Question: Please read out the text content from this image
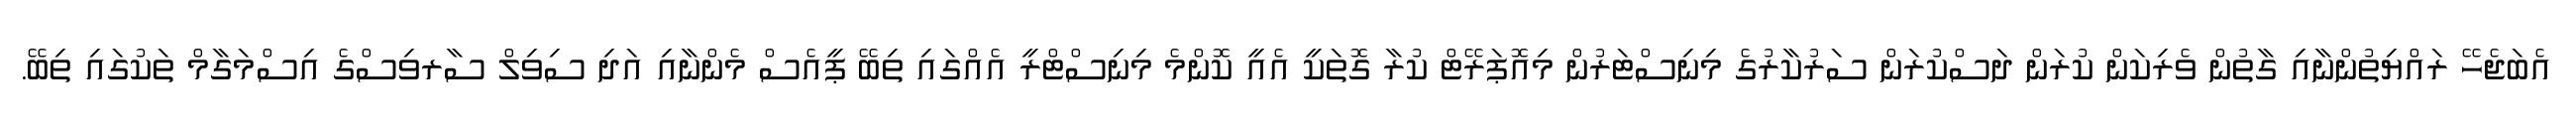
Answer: އެބަޖެހޭ ރައްޔިތުންނާއި ގާތުން ވެރިކަން ކުރަން ދަސްކުރަން ސަރުކާރުގެ މިނިސްޓަރުން މިއޮޕަރޭޓް ކުރާ ގޮތަކީ އެއީ ކޮންމެ މިނިސްޓްރީ އެއްގައި ތިބޭ ޕީއެސް މެންނާއި އަދި ސިވިލް ސާރވިސްގެ އިސްމަގާމް ތަކުގައި ތިބޭ.